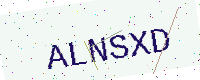
Text: ALNSXD